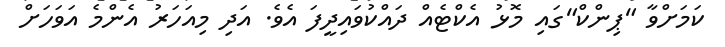
ކަމަށްވާ "ޕިންކް"ގައި މޮޅު އެކްޓެއް ދައްކުވައިދީފަ އެވެ. އަދި މިއަހަރު އެންމެ އަވަހަށް